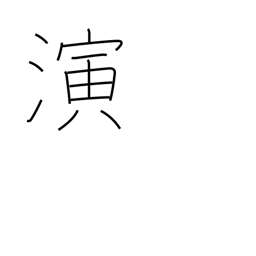
Meaning: act